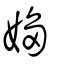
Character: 媰